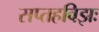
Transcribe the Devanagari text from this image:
सप्तहविझः